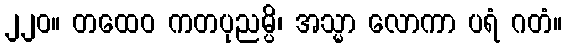
၂၂၀။ တထေဝ ကတပုညမ္ပိ၊ အသ္မာ လောကာ ပရံ ဂတံ။